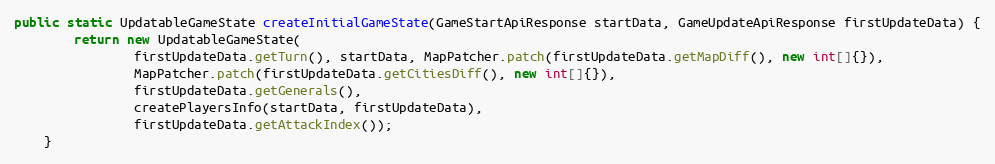
Language: Java
public static UpdatableGameState createInitialGameState(GameStartApiResponse startData, GameUpdateApiResponse firstUpdateData) {
        return new UpdatableGameState(
                firstUpdateData.getTurn(), startData, MapPatcher.patch(firstUpdateData.getMapDiff(), new int[]{}),
                MapPatcher.patch(firstUpdateData.getCitiesDiff(), new int[]{}),
                firstUpdateData.getGenerals(),
                createPlayersInfo(startData, firstUpdateData),
                firstUpdateData.getAttackIndex());
    }